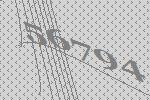
56794